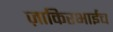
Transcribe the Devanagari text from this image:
ज़ाकिरभाईच